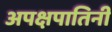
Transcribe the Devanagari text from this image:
अपक्षपातिनी